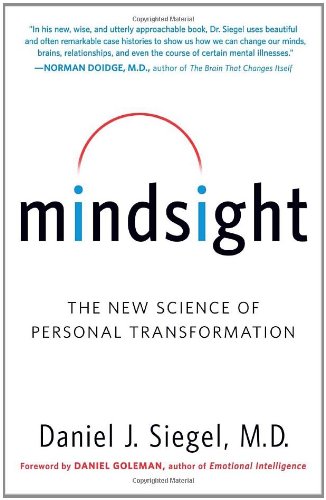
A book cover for Mindsight: The New Science of Personal Transformation; Daniel J. Siegel; Science & Math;